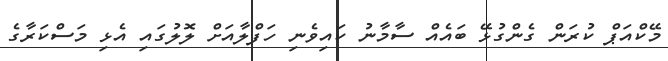
މޭކްއަޕް ކުރަން ގެންގުޅޭ ބައެއް ސާމާނު ކައިވެނި ހަފްލާއަށް ލޮލުގައި އެޅި މަސްކަރާގެ